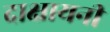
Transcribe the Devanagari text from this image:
दाक्षायनी